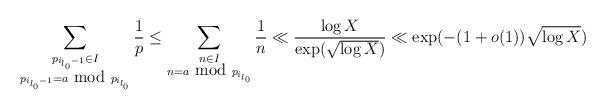
LaTeX: \begin{align*}\sum_{\substack{p_{i_{l_0}-1} \in I \\ p_{i_{l_0}-1} = a \hbox{ mod } p_{i_{l_0}} }} \frac{1}{p} \leq \sum_{\substack{n \in I \\ n = a \hbox{ mod } p_{i_{l_0}} }} \frac{1}{n} \ll \frac{\log X}{\exp(\sqrt{\log X})} \ll \exp( - (1+o(1)) \sqrt{\log X} )\end{align*}